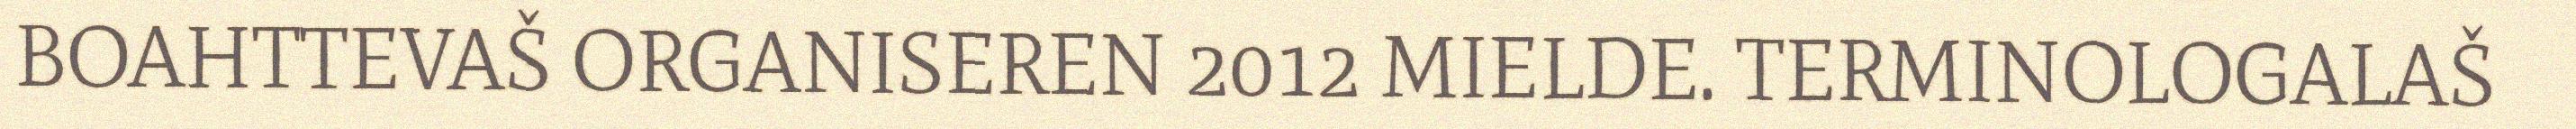
BOAHTTEVAŠ ORGANISEREN 2012 MIELDE. TERMINOLOGALAŠ